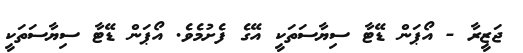
ޖަޒީރާ - އޯޕަން ޑޭޓާ ސިޔާސަތަކީ އޭގެ ފެށުމެވެ. އޯޕަން ޑޭޓާ ސިޔާސަތަކީ